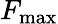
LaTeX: F_{\mathrm{max}}